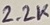
Text: 2.2K